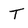
Character: T